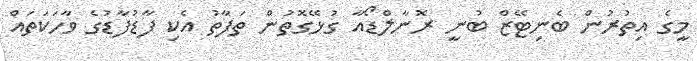
މީގެ އިތުރުން ބެނިޓޭޒް ބުނީ ރޮނާލްޑޯއާ ގުޅޭގޮތުން ތަފާތު އެކި ފާޑުފާޑުގެ ވާހަކަތައް